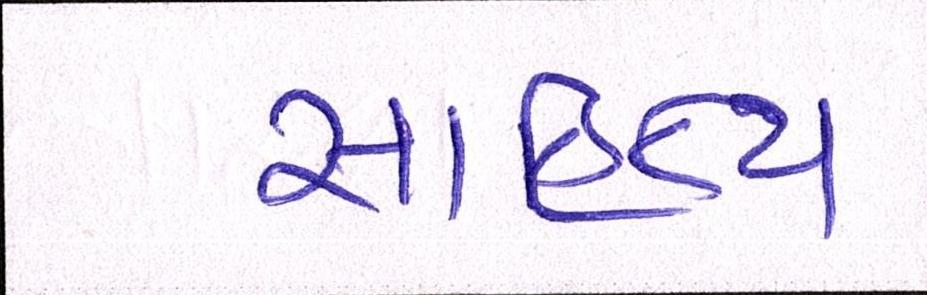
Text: સાહિત્ય